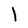
Character: l